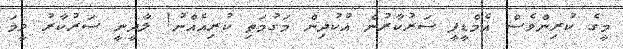
މީގެ ކުރިންވެސް އެމްޑީޕީ ސަރުކާރުން އުކުދިން މަގުމަތި ކުރިއެއްނު! ލާދީނީ ސަރުކާރު ވީމަ